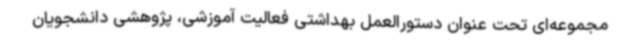
مجموعه‌ای تحت عنوان دستورالعمل بهداشتی فعالیت آموزشی، پژوهشی دانشجویان